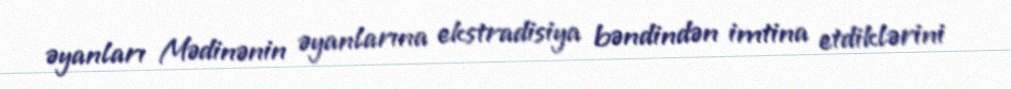
əyanları Mədinənin əyanlarına ekstradisiya bəndindən imtina etdiklərini